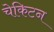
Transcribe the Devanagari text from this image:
चेकिटन